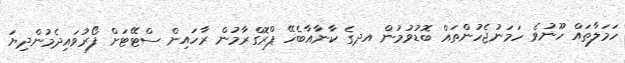
ހަމަލާތައް ހޫނުވެ ހަމަނުޖެހުންތައް ބޮޑުވުމުން އދގެ ކާނާއާބެހޭ ޕްރޮގްރާމުން ރާހައިން ސްޓޭޓަށް ފޯރުވައިދެމުންދިޔަ